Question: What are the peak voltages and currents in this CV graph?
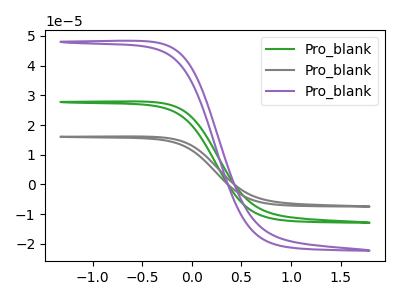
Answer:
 <answer>The green curve "Pro_blank1" has no peaks. The gray curve "Pro_blank2" has no peaks. The purple curve "Pro_blank3" has no peaks.</answer>
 <eval></eval>